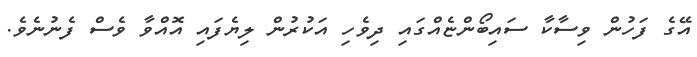
އޭގެ ފަހުން ވިސާކާ ސައިބޯންޏެއްގައި ދިވެހި އަކުރުން ލިޔެފައި އޮއްވާ ވެސް ފެނުނެވެ.